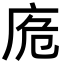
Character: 𢈌